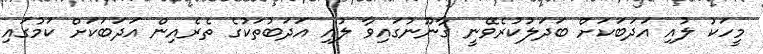
މީހަކު ލުއި އަދަބަކަށް ބަދަލުކުރެވޭނީ ގާނޫނުގައިވާ ލުއި އަދަބުތަކުގެ ތެރެއިން އަދަބަކަށް ކަމުގައި